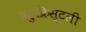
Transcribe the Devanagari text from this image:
बहुक्रिस्टली